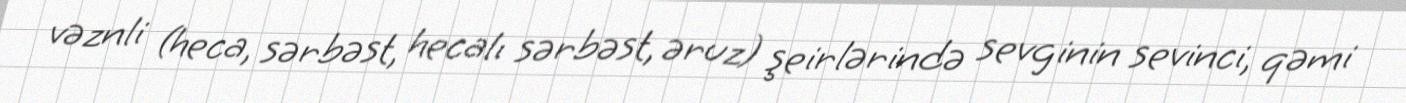
vəznli (heca, sərbəst, hecalı sərbəst, əruz) şeirlərində sevginin sevinci, qəmi